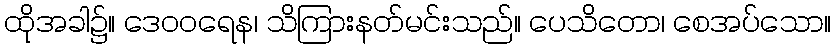
ထိုအခါ၌။ ဒေဝဝရေန၊ သိကြားနတ်မင်းသည်။ ပေသိတော၊ စေအပ်သော။